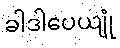
ခါဒါပေယျုံ